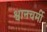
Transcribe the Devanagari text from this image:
श्वानचर्मी